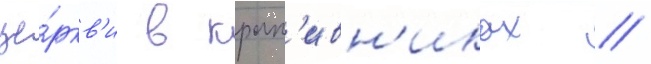
це́ркв'и в крап'ивн'иках //